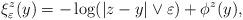
LaTeX: \begin{align*}\xi_\varepsilon^z(y) = -\log(|z-y| \vee \varepsilon) + \phi^z(y),\end{align*}